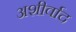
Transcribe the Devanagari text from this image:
अशीर्वाद